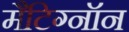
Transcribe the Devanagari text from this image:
मैटिग्नॉन